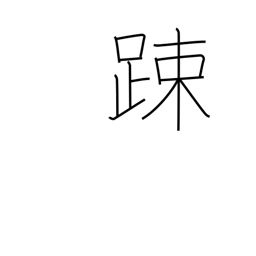
Meaning: lax